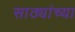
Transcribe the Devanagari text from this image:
साठ्यांच्या